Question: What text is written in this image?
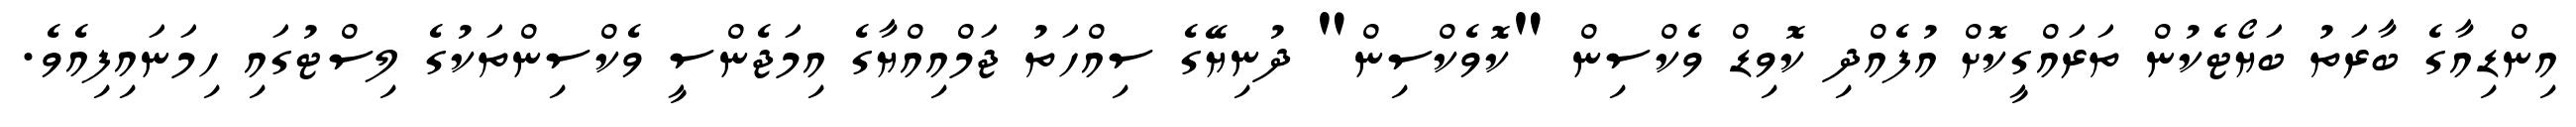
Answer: އިންޑިއާގެ ބާރަތު ބަޔޯޓެކުން ތަރައްގީކޮށް އުފެއްދި ކޮވިޑް ވެކްސިން "ކޮވެކްސިން" ދުނިޔޭގެ ސިއްހަތު ޖަމްއިއްޔާގެ އިމަޖެންސީ ވެކްސިންތަކުގެ ލިސްޓުގައި ހިމަނައިފިއެވެ.